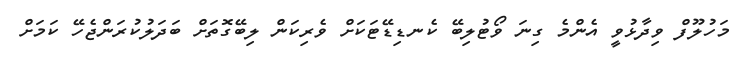
މަހުލޫފް ވިދާޅުވީ އެންމެ ގިނަ ވޯޓުލިިބޭ ކެނޑިޑޭޓަކަށް ވެރިކަން ލިބޭގޮތަށް ބަދަލުކުރަންޖެހޭ ކަމަށް